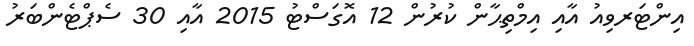
އިންޓަރވިއު އާއި އިމްތިޙާން ކުރުން 12 އޮގަސްޓު 2015 އާއި 30 ސެޕްޓެންބަރު